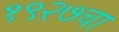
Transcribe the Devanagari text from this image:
१९२७चा